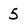
Character: 5